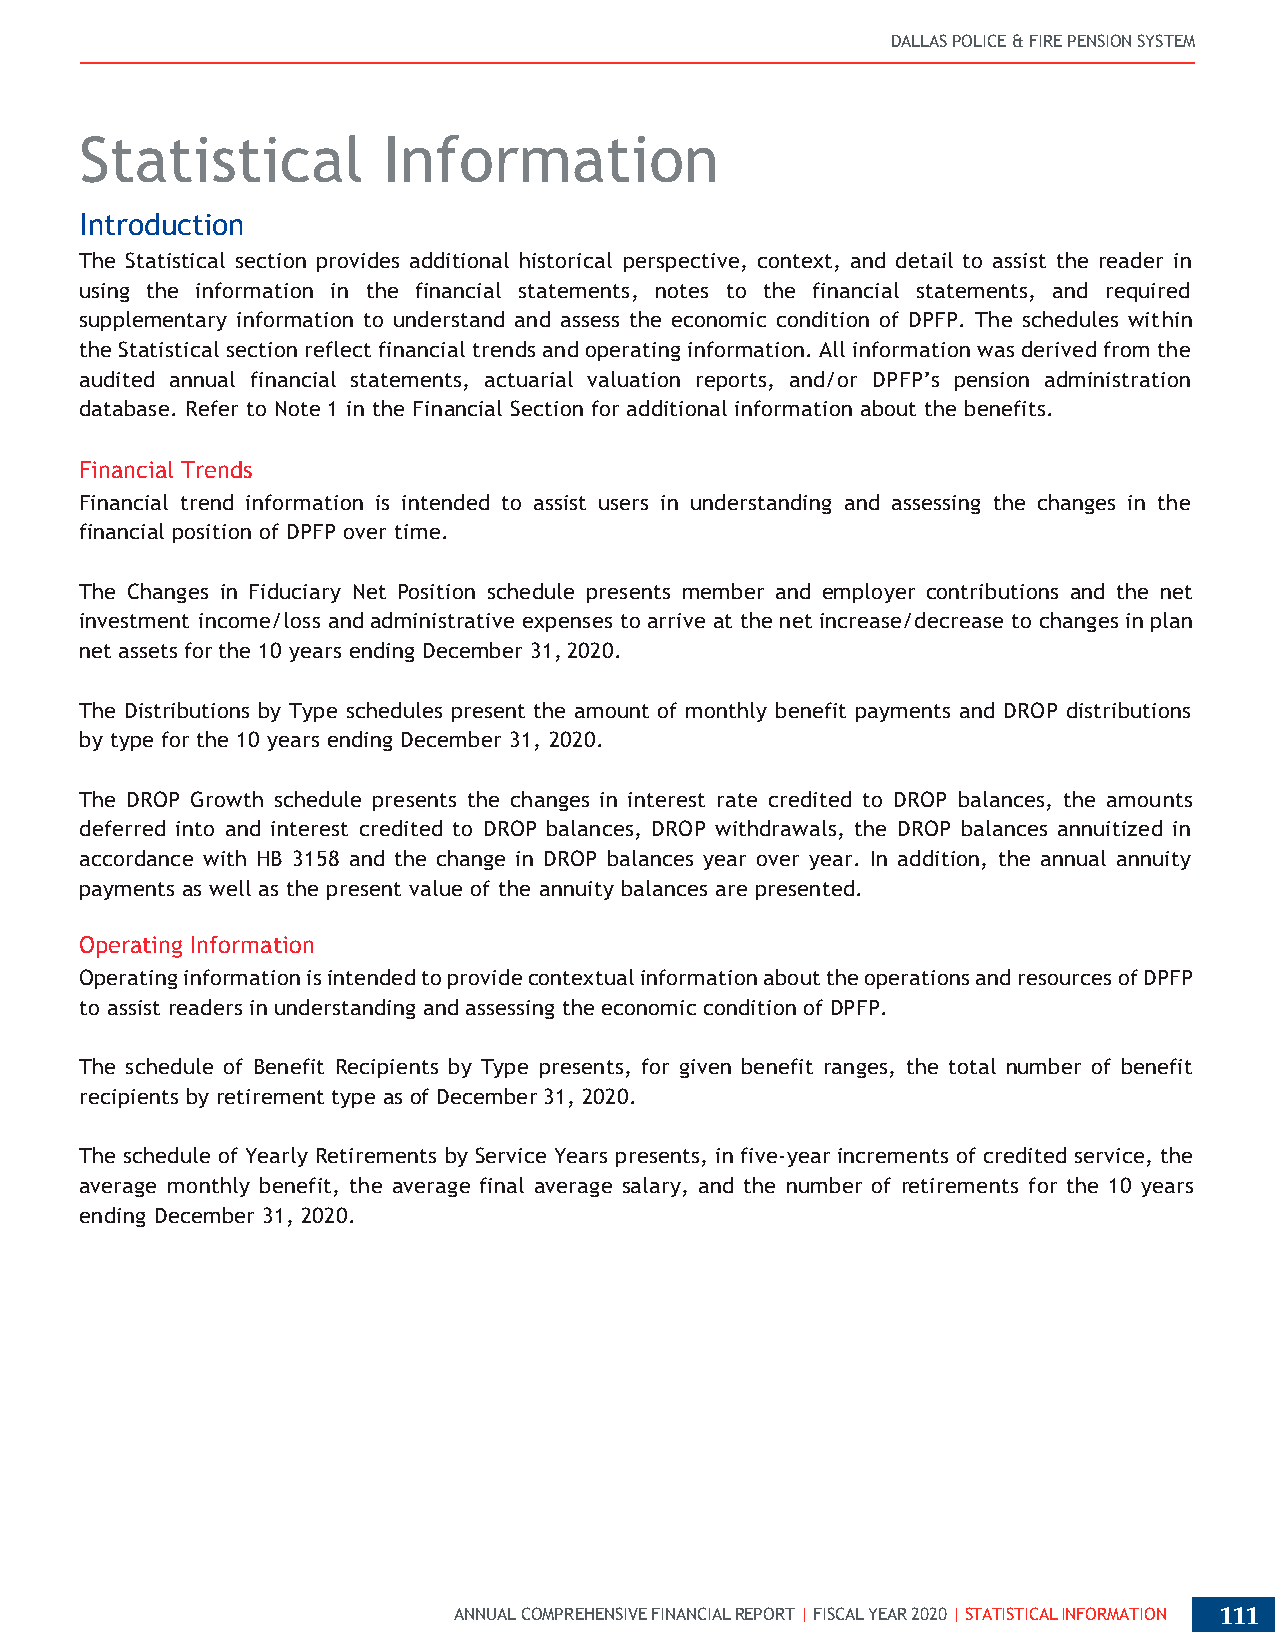
DALLAS POLICE & FIRE PENSION SYSTEM
 Statistical         Information
 Introduction
 The Statistical section provides additional historical perspective, context, and detail to assist the reader in
 using the information in the financial statements, notes to the financial statements, and required
 supplementary information to understand and assess the economic condition of DPFP. The schedules within
 the Statistical section reflect financial trends and operating information. All information was derived from the
 audited annual financial statements, actuarial valuation reports, and/or DPFP’s pension administration
 database. Refer to Note 1 in the Financial Section for additional information about the benefits.
 Financial Trends
 Financial trend information is intended to assist users in understanding and assessing the changes in the
 financial position of DPFP over time.
 The Changes in Fiduciary Net Position schedule presents member and employer contributions and the net
 investment income/loss and administrative expenses to arrive at the net increase/decrease to changes in plan
 net assets for the 10 years ending December 31, 2020.
 The Distributions by Type schedules present the amount of monthly benefit payments and DROP distributions
 by type for the 10 years ending December 31, 2020.
 The DROP Growth schedule presents the changes in interest rate credited to DROP balances, the amounts
 deferred into and interest credited to DROP balances, DROP withdrawals, the DROP balances annuitized in
 accordance with HB 3158 and the change in DROP balances year over year. In addition, the annual annuity
 payments as well as the present value of the annuity balances are presented.
 Operating Information
 Operating information is intended to provide contextual information about the operations and resources of DPFP
 to assist readers in understanding and assessing the economic condition of DPFP.
 The schedule of Benefit Recipients by Type presents, for given benefit ranges, the total number of benefit
 recipients by retirement type as of December 31, 2020.
 The schedule of Yearly Retirements by Service Years presents, in five-year increments of credited service, the
 average monthly benefit, the average final average salary, and the number of retirements for the 10 years
 ending December 31, 2020.
 ANNUAL COMPREHENSIVE FINANCIAL REPORT | FISCAL YEAR 2020 | STATISTICAL INFORMATION 111